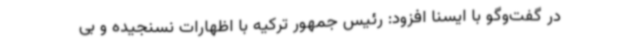
در گفت‌وگو با ایسنا افزود: رئیس جمهور ترکیه با اظهارات نسنجیده و بی